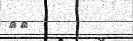
٢٨